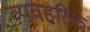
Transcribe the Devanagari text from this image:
व्यवहरिक